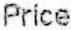
PRICE